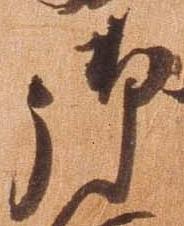
御